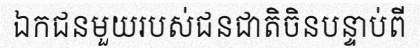
ឯកជនមួយរបស់ជនជាតិចិនបន្ទាប់ពី